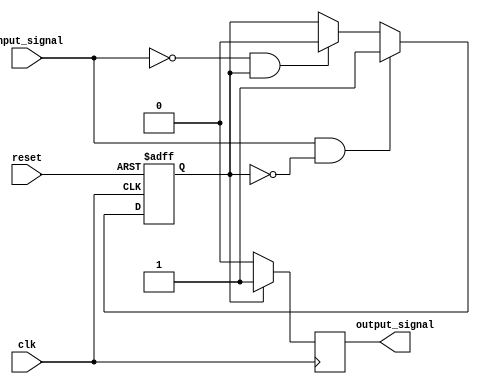
module Schmitt_trigger_buffer (
    input wire clk,
    input wire reset,
    input wire input_signal,
    output reg output_signal
);

reg state;

always @(posedge clk or posedge reset) begin
    if (reset) begin
        state <= 0;
    end else begin
        if (input_signal && !state) begin
            state <= 1;
        end else if (!input_signal && state) begin
            state <= 0;
        end
    end
end

always @(posedge clk) begin
    if (state) begin
        output_signal <= 1;
    end else begin
        output_signal <= 0;
    end
end

endmodule